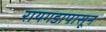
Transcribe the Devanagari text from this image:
रायगडापासून